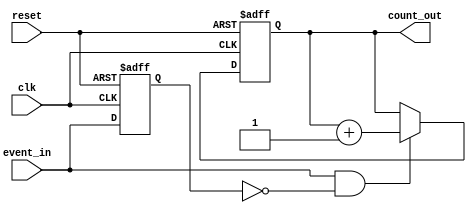
module event_triggered_counter (
    input wire clk,               // Clock signal
    input wire reset,             // Asynchronous reset signal
    input wire event_in,          // Event signal
    output reg [15:0] count_out   // Count value output (16-bit)
);

    reg event_prev;               // Previous state of the event signal

    // Asynchronous reset and counting logic
    always @(posedge clk or posedge reset) begin
        if (reset) begin
            count_out <= 16'b0;   // Reset count to zero
            event_prev <= 1'b0;   // Reset previous event state
        end else begin
            // Edge detection: Increment count on rising edge of event_in
            if (event_in && !event_prev) begin
                count_out <= count_out + 1; // Increment count
            end
            // Update previous event state
            event_prev <= event_in;
        end
    end

endmodule